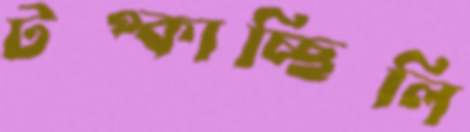
টপ্‌কাচ্ছিলি